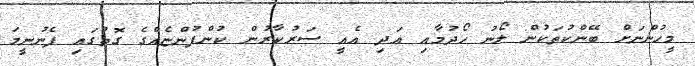
މީހުންނަށް ބޭންކުތަކުން ލޯނު ހޯދުމާއި އަދި އެއީ ސަރުކާރުން ކުންފުންޏެއްގެ ގޮތުގައި ފެނުނީމަ